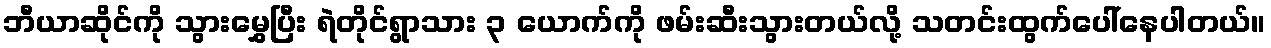
ဘီယာဆိုင်ကို သွားမွှေပြီး ရဲတိုင်ရွာသား ၃ ယောက်ကို ဖမ်းဆီးသွားတယ်လို့ သတင်းထွက်ပေါ်နေပါတယ်။